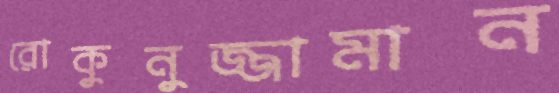
রোকুনুজ্জামান